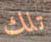
تلك